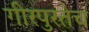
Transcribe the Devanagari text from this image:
गीरपुरतेच